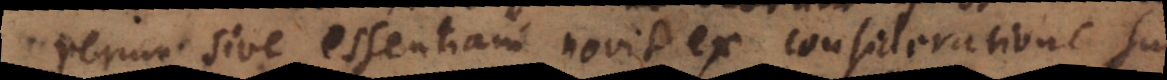
rerum sive essentiam novit ex consideratione sui